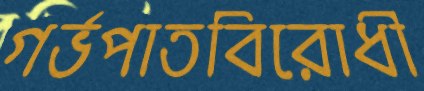
গর্ভপাতবিরোধী